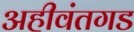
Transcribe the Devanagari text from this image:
अहीवंतगड